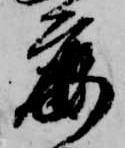
鹿